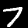
Label: 7